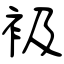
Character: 衱